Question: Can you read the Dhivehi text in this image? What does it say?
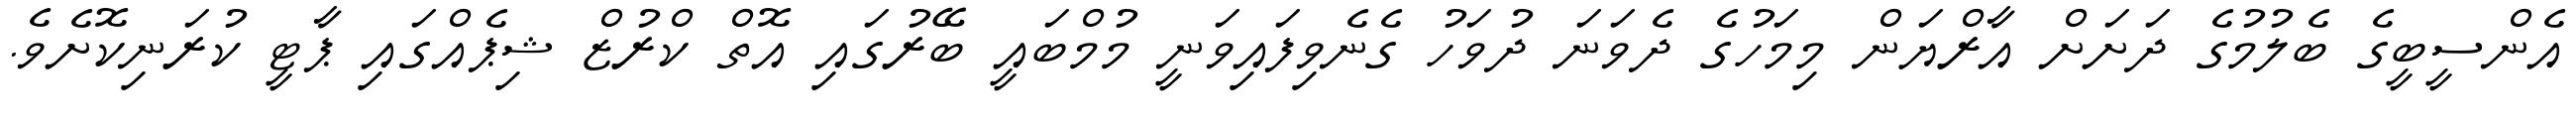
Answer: އެންސީބީގެ ބެލުމުގެ ދަށަށް އާރްޔަން މިމަހުގެ ދެވަނަ ދުވަހު ގެނެވިފައިވަނީ މުމްބައީ ބޭރުގައި އޮތް ކްރުޒް ޝިޕެއްގައި ޕާޓީ ކުރަނިކޮށެވެ.